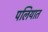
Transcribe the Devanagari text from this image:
पलियात